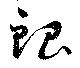
銀